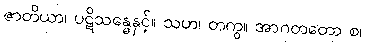
ဇာတိယာ၊ ပဋိသန္ဓေနှင့်။ သဟ၊ တကွ။ အာဂတတော စ၊